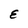
Character: E